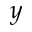
y